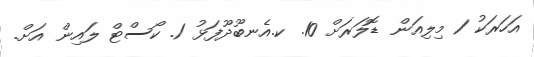
އަހަރަކު 1 މިލިއަން ޑޮލަރަށް 10. ކ.އެނބޫދޫފަޅު 1. ކޯސްޓް ލައިން އަށް.